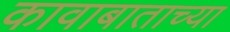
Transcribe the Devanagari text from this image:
कावाबाताच्या